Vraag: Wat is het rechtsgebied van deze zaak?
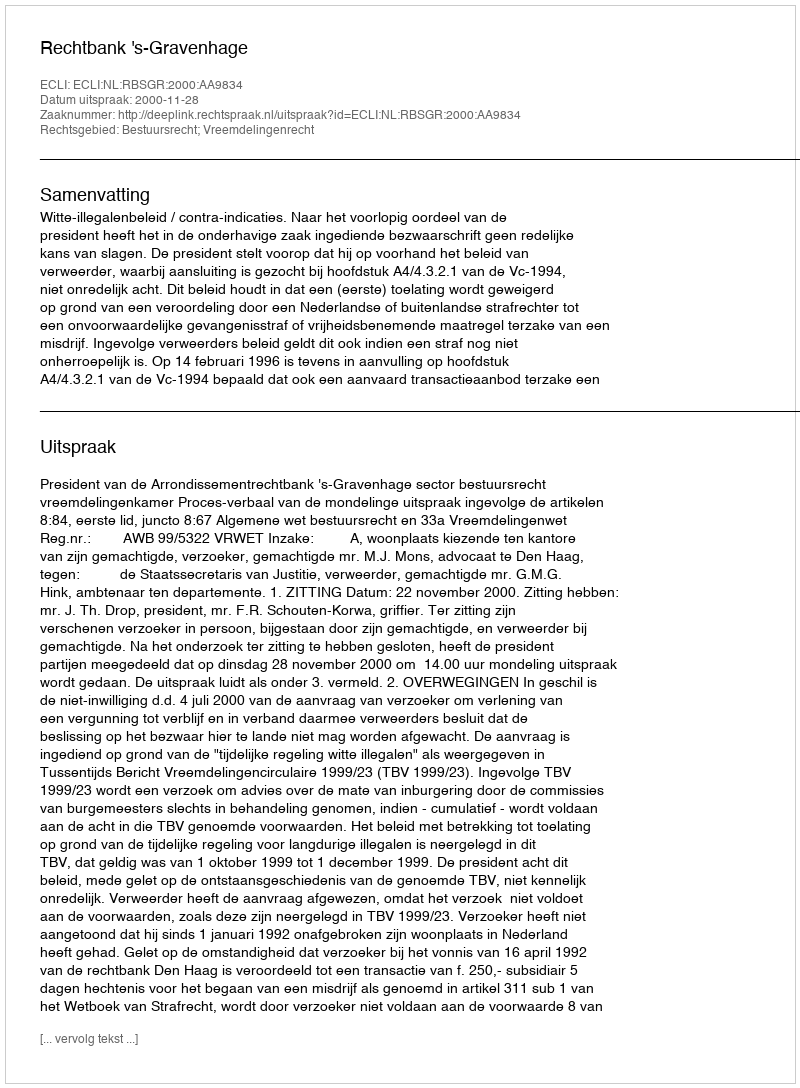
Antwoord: Bestuursrecht; Vreemdelingenrecht